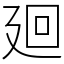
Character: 廻